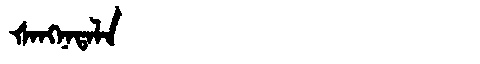
Manchu: ᡧᠠᠩᠨᠠᡨᠠᠯᠠ
Romanization: ŠANGNATALA